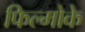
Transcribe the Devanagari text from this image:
फिल्मोके